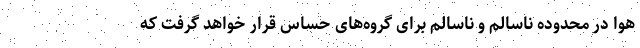
هوا در محدوده ناسالم و ناسالم برای گروه‌های حساس قرار خواهد گرفت که